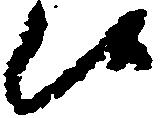
候